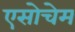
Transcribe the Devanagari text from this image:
एसोचेम